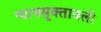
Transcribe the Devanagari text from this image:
न्यायमुक्तावली